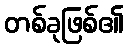
တစ်ခုဖြစ်၏